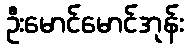
ဦးမောင်မောင်အုန်း